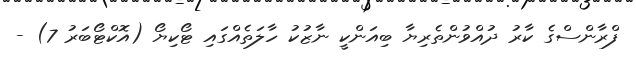
ފްރާންސްގެ ކާރު ދުއްވުންތެރިޔާ ބިއަންކީ ނާޒުކު ހާލަތެއްގައި ޓޯކިޔޯ (އޮކްޓޯބަރު 7) -